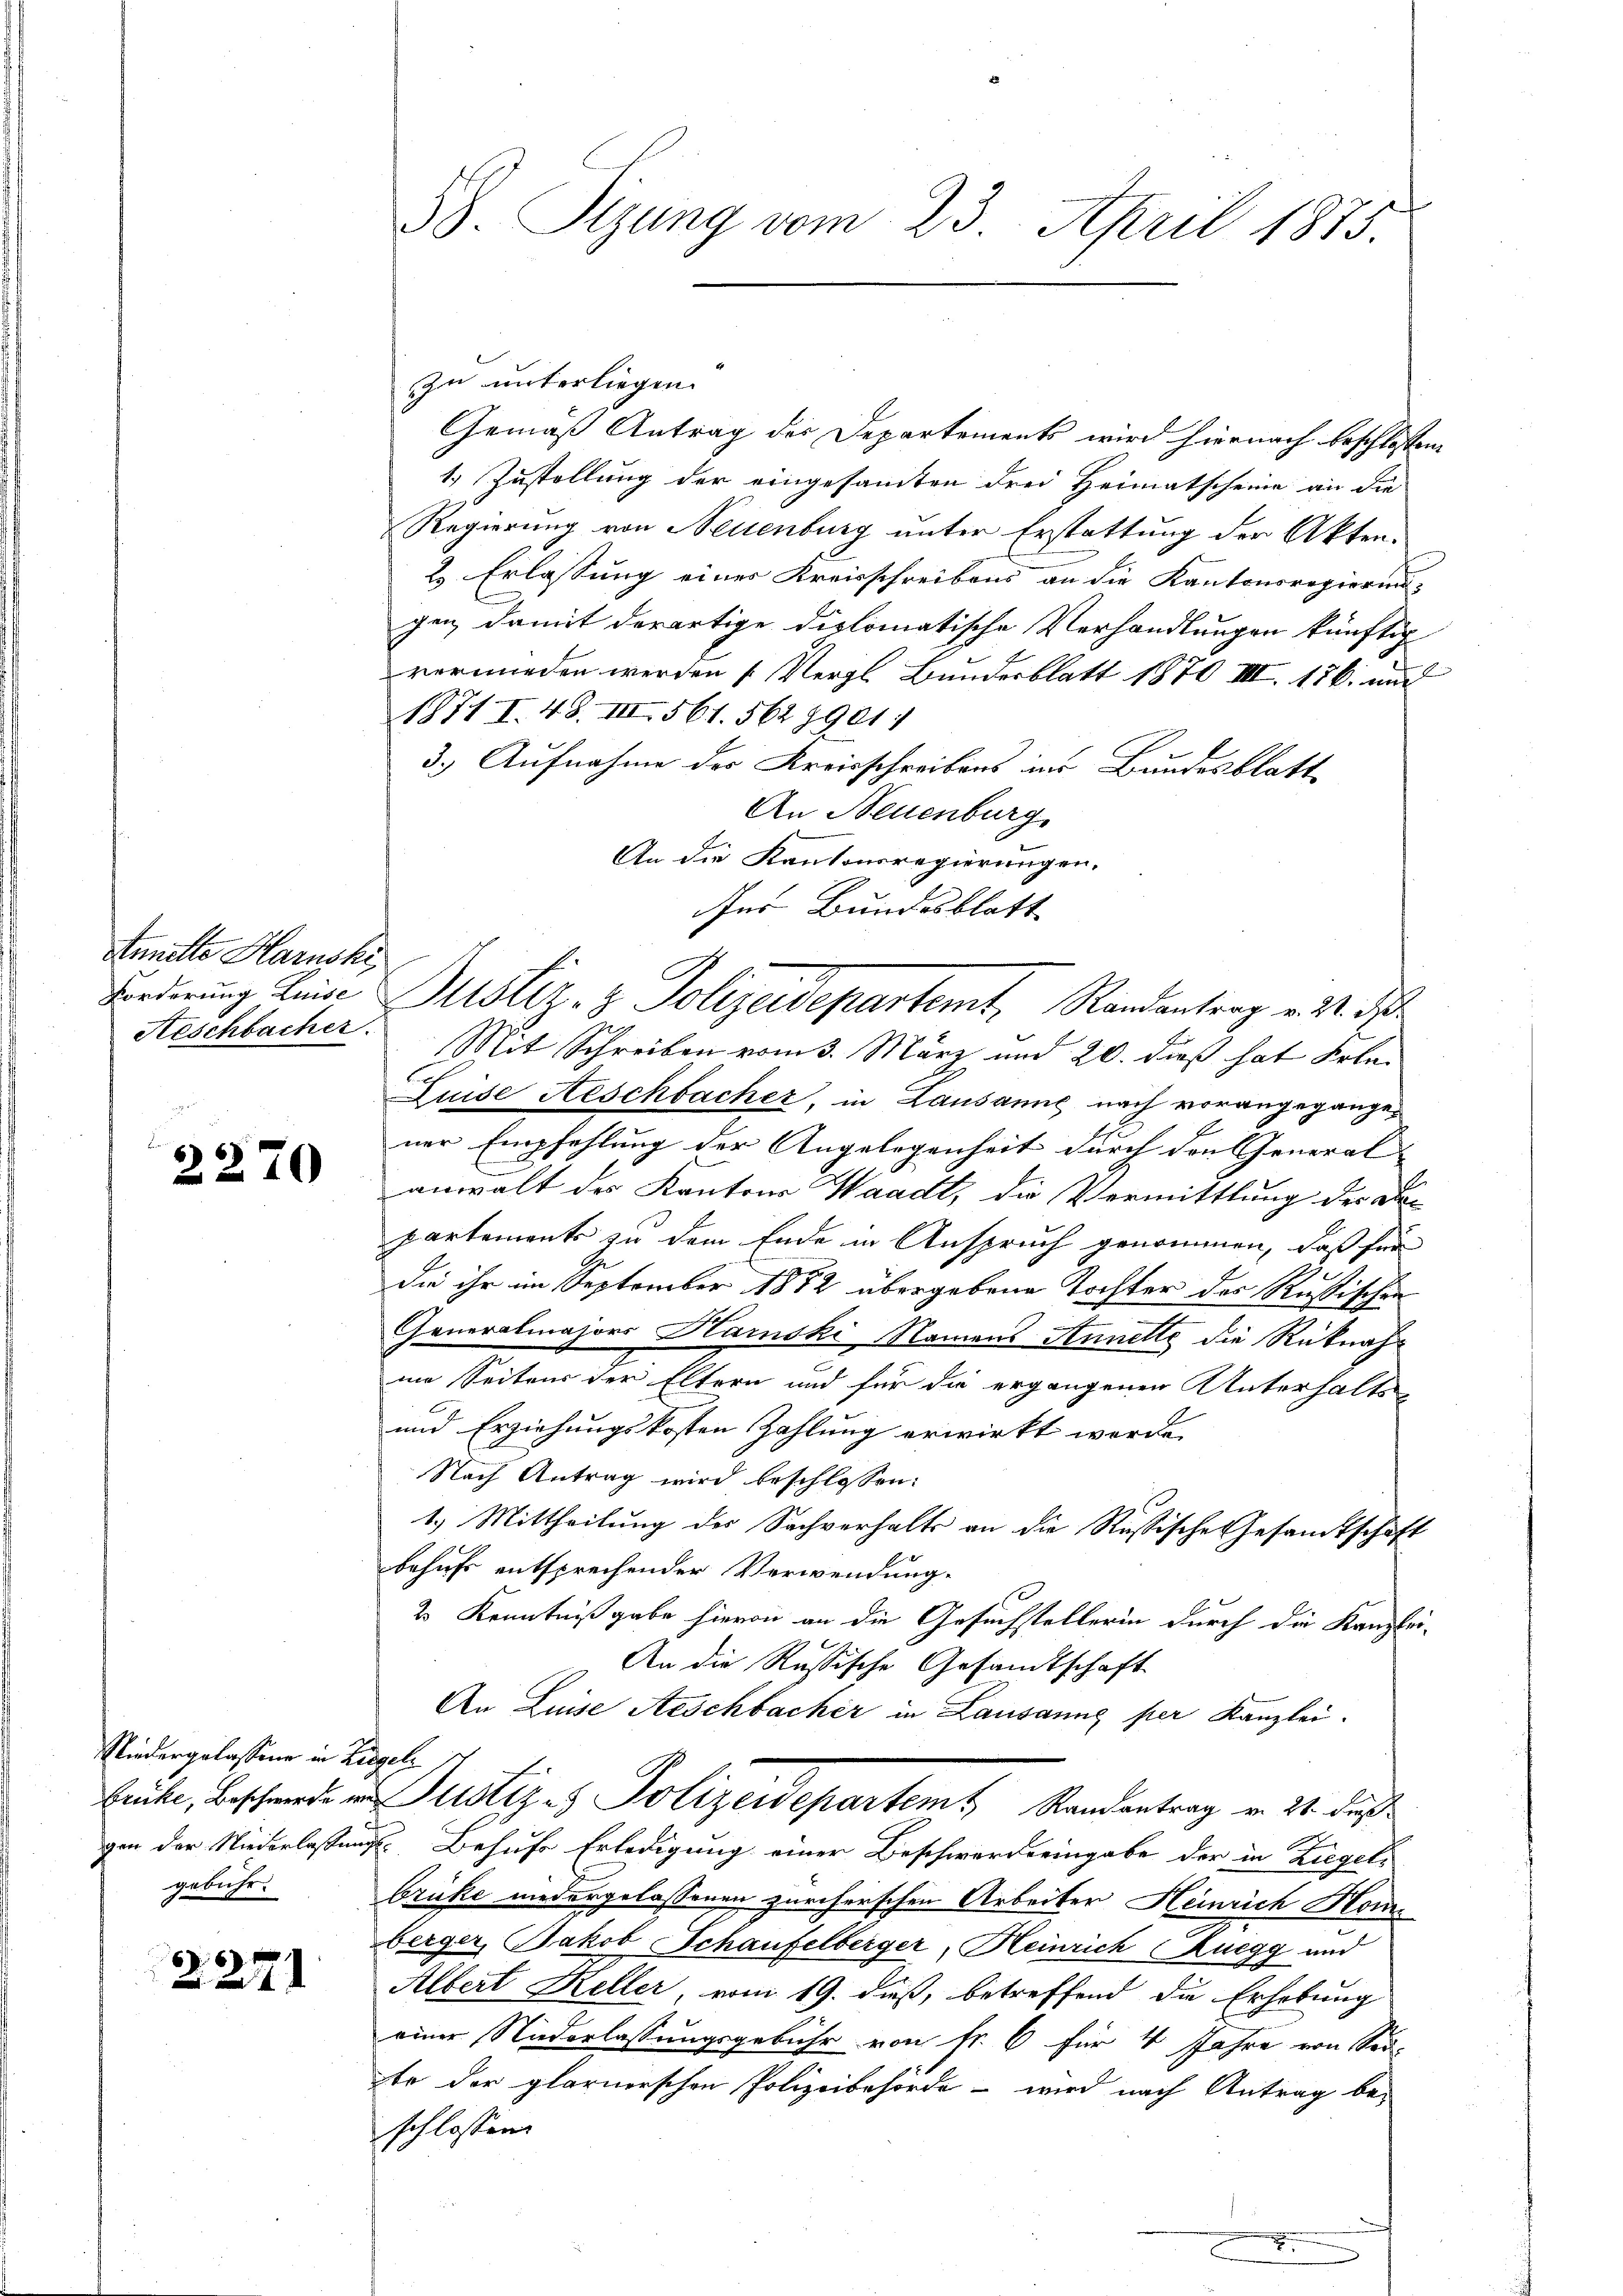
Annitte Haruski,
Forderung Luise
Heschbacher.

2270

Niedergelassen in Zie
Brüke, Beschwerde wegen der Niederlassung
gebühr.

2271

38. Sizung vom 23. April 1875.

zu unterliegen.
Gemäß Antrag der Departements wird hiernach beschlossen:
1. Zustellung der eingesamten drei Heimatscheine an die
Regierung von Neuenburg unter Erstattung der Akten.
2 Erlassung einer Kreisschreibens an die Kantonsregierungen, damit derartige diplomatische Verhandlungen künftig
vermieden werden (Vergl. Bundesblatt 1870 VIII. 186. und
1871. I. 48. III 561. 562 8901/
3.) Aufnahme des Kreisschreibens ins Bundesblatt¬
An Neuenburg
An die Kantonsregierungen.
er Bundesblatt
Mit Schreiben vom 3. März und 20. dieß hat Erle¬
Luise Aeschbacher, in Lausanne nach vorangegangener Empfehlung der Angelegenheit durch den General- |
anwalt des Kantons Waadt, die Vermittlung der an
partements zu dem Ende in Anspruch genommen, daß für
die ihr im September 1882 übergebene Tochter des Rußischen
Generalmajors Harski Namens Annette die Rücknahne Seitens der Eltern und für die ergangenen Unterhalts-
und Erziehungskosten Zahlung erwirkt wurde.
Nach Antrag wird beschlossen:
1.) Mittheilung der Sachverhalts an die Rußische Gesandtschaft
behufs entsprechender Verwendung.
2 Kenntnißgabe hievon an die Gesuchstellerin durch die Kanzlei-
An die Russische Gesandtschaft
An Luise Aeschbacher in Lausanne per Kanzlei.
gel.
Justiges Polizeidepartamt Standentrag v. 14. dies
u. Behufe Erledigung einer Beschwerde eingabe der in Ziegeli
brüke niedergelassenen zürcherschen Arbeiter Heinrich Homberger, Jakob Schaufelberger, Heinrich Ruegg und
Albert Keller, vom 19. dieß, betreffend die Erhebung
einer Niederlassungsgebühr von Fr. 6 für 4 Jahre von Sei-
te der glarnerschen Polizeibehörde - wird nach Antrag be-
schlossen:

Justiz- & Polizeidepartemt, Randantrag v. M. D.

.